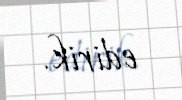
edirik.